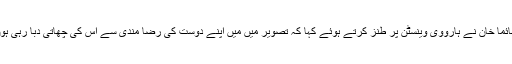
جمائما خان نے ہارووی وینسٹن پر طنز کرتے ہوئے کہا کہ تصویر میں میں اپنے دوست کی رضا مندی سے اس کی چھاتی دبا رہی ہوں ۔